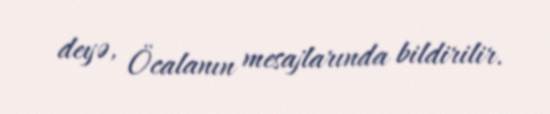
deyə, Öcalanın mesajlarında bildirilir.